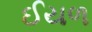
ઈયળ